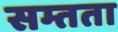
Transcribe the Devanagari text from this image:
सम्तता